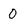
Character: 0